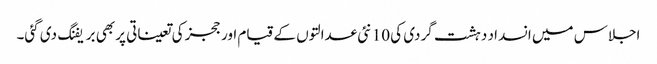
اجلاس میں انسداد دہشت گردی کی 10 نئی عدالتوں کے قیام اور ججز کی تعیناتی پر بھی بریفنگ دی گئی۔